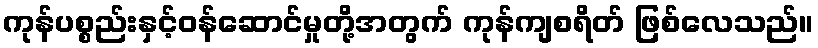
ကုန်ပစ္စည်းနှင့်ဝန်ဆောင်မှုတို့အတွက် ကုန်ကျစရိတ် ဖြစ်လေသည်။